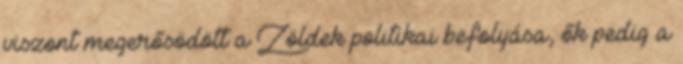
viszont megerősödött a Zöldek politikai befolyása, ők pedig a